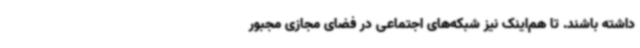
داشته باشند. تا هم‌اینک نیز شبکه‌های اجتماعی در فضای مجازی مجبور